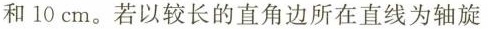
和10cm。若以较长的直角边所在直线为轴旋